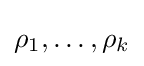
\rho _{1},\dots ,\rho _{k}